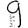
Digit: 9